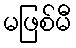
မဖြစ်မီ